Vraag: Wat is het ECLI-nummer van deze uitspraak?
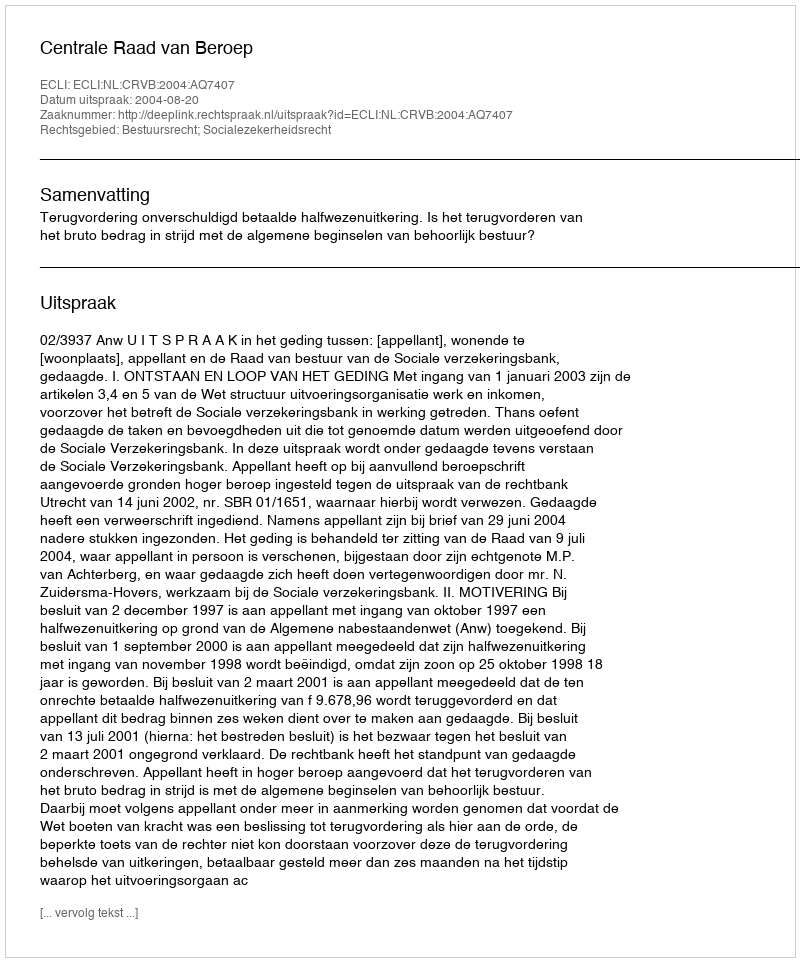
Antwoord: ECLI:NL:CRVB:2004:AQ7407